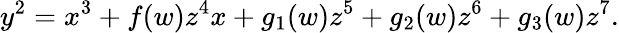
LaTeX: y^{2}=x^{3}+f(w)z^{4}x+g_{1}(w)z^{5}+g_{2}(w)z^{6}+g_{3}(w)z^{7}.